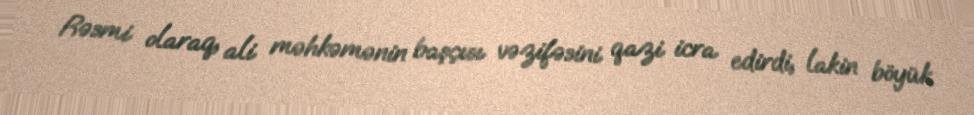
Rəsmi olaraq, ali məhkəmənin başçısı vəzifəsini qazi icra edirdi, lakin böyük